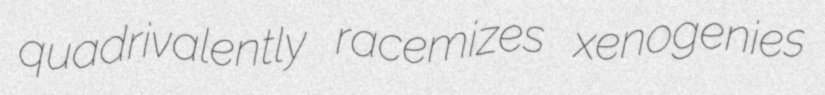
quadrivalently racemizes xenogenies